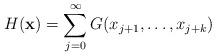
LaTeX: \begin{align*} H(\textbf{x}) = \sum_{j=0}^{\infty} G(x_{j+1},\dots,x_{j+k})\end{align*}